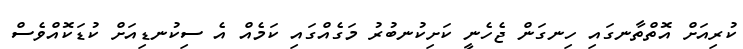
ކުރިއަށް އޮތްތާނގައި ހިނގަން ޖެހެނީ ކަށިކުނބުރު މަގެއްގައި ކަމެއް އެ ސިކުނޑިއަށް ކުޑަކޮއްވެސް